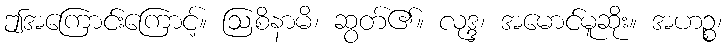
ဤအကြောင်းကြောင့်။ ဩစိနာမိ၊ ဆွတ်၏။ လုဒ္ဒ၊ အမောင်မူဆိုး။ အဟဉ္စ၊